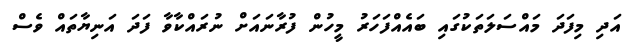
އަދި މިފަދަ މައްސަލަތަކުގައި ބައެއްފަހަރު މީހުން ފުރާނައަށް ނުރައްކާވާ ފަދަ އަނިޔާތައް ވެސް